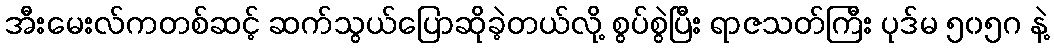
အီးမေးလ်ကတစ်ဆင့် ဆက်သွယ်ပြောဆိုခဲ့တယ်လို့ စွပ်စွဲပြီး ရာဇသတ်ကြီး ပုဒ်မ ၅၀၅ဂ နဲ့